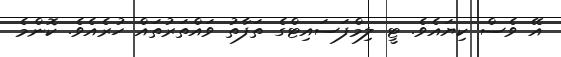
އޭ ވެސް ކިޔައެވެ. ޓީ ލިމްފަސައިޓްގެ ތަފާތު ވައްތަރުތައް ހުރެއެވެ. ކޮންމެ